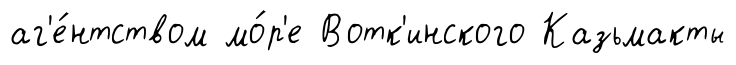
аг'е́нтством мо́р'е Вотк'инского Казьмакты